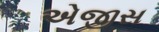
એજીસ